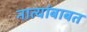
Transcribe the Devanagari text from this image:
नात्यांबाबत